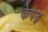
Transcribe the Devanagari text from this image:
केपेड़